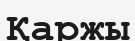
Қаржы